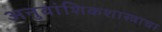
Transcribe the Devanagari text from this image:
अनुवांशिकशास्त्राचा